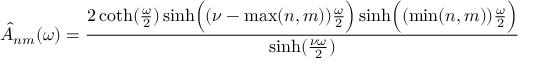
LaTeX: \hat { A } _ { n m } ( \omega ) = { \frac { 2 \coth ( { \frac { \omega } { 2 } } ) \sinh \Bigl ( ( \nu - \operatorname * { m a x } ( n , m ) ) { \frac { \omega } { 2 } } \Bigr ) \sinh \Bigl ( ( \operatorname * { m i n } ( n , m ) ) { \frac { \omega } { 2 } } \Bigr ) } { \sinh ( { \frac { \nu \omega } { 2 } } ) } }